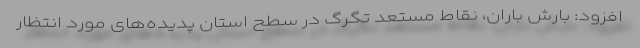
افزود: بارش باران، نقاط مستعد تگرگ در سطح استان پدیده‌های مورد انتظار